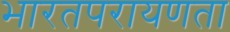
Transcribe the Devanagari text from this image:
भारतपरायणता